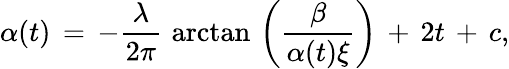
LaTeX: \alpha(t)\, =\, -{\frac{\lambda}{2\pi}}\, \arctan\, \left({\frac{\beta}{\alpha(t)\xi}}\right)\, +\, 2t\, +\, c,